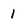
Character: 1